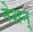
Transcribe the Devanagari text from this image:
नेशन्